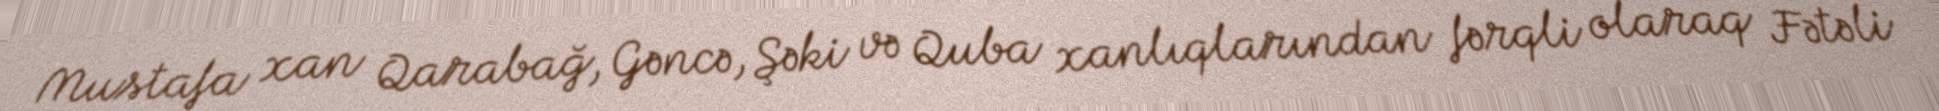
Mustafa xan Qarabağ, Gəncə, Şəki və Quba xanlıqlarından fərqli olaraq Fətəli